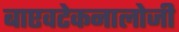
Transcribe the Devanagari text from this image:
बाएवटेकनालोजी